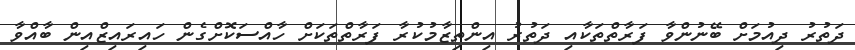
ދަތުރު ދިއުމަށް ބޭނުންވާ ފަރާތްތަކާއި ދަތުރު އިންތިޒާމުކުރާ ފަރާތްތަކަށް ހާއްސަކޮށްގެން ހައިރައިޒްއިން ބާއްވާ